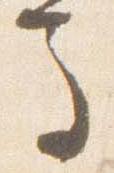
馬